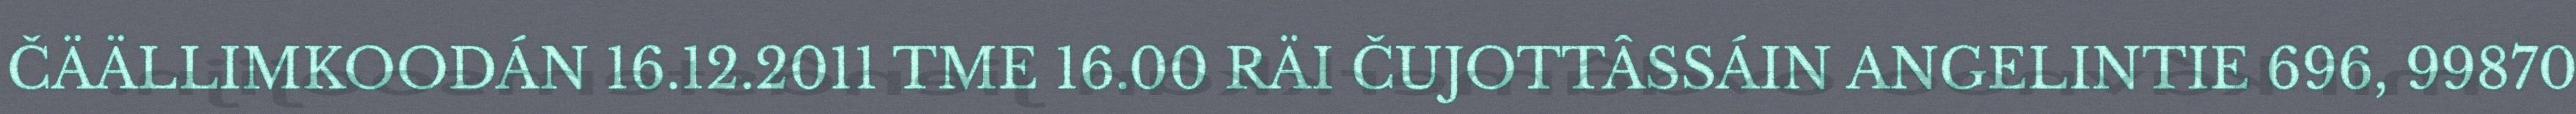
ČÄÄLLIMKOODÁN 16.12.2011 TME 16.00 RÄI ČUJOTTÂSSÁIN ANGELINTIE 696, 99870